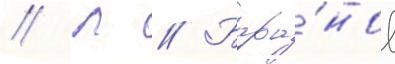
// Л // Бара́нов